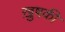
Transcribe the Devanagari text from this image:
ख़ुषकी